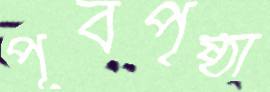
পূর্বপৃষ্ঠা